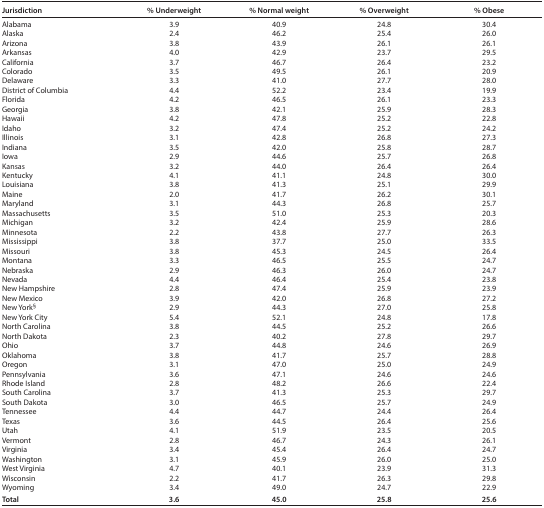
<table><thead><tr><td><b>Jurisdiction</b></td><td><b>% Underweight</b></td><td><b>% Normal weight</b></td><td><b>% Overweight</b></td><td><b>% Obese</b></td></tr></thead><tbody><tr><td>Alabama</td><td>3.9</td><td>40.9</td><td>24.8</td><td>30.4</td></tr><tr><td>Alaska</td><td>2.4</td><td>46.2</td><td>25.4</td><td>26.0</td></tr><tr><td>Arizona</td><td>3.8</td><td>43.9</td><td>26.1</td><td>26.1</td></tr><tr><td>Arkansas</td><td>4.0</td><td>42.9</td><td>23.7</td><td>29.5</td></tr><tr><td>California</td><td>3.7</td><td>46.7</td><td>26.4</td><td>23.2</td></tr><tr><td>Colorado</td><td>3.5</td><td>49.5</td><td>26.1</td><td>20.9</td></tr><tr><td>Delaware</td><td>3.3</td><td>41.0</td><td>27.7</td><td>28.0</td></tr><tr><td>District of Columbia</td><td>4.4</td><td>52.2</td><td>23.4</td><td>19.9</td></tr><tr><td>Florida</td><td>4.2</td><td>46.5</td><td>26.1</td><td>23.3</td></tr><tr><td>Georgia</td><td>3.8</td><td>42.1</td><td>25.9</td><td>28.3</td></tr><tr><td>Hawaii</td><td>4.2</td><td>47.8</td><td>25.2</td><td>22.8</td></tr><tr><td>Idaho</td><td>3.2</td><td>47.4</td><td>25.2</td><td>24.2</td></tr><tr><td>Illinois</td><td>3.1</td><td>42.8</td><td>26.8</td><td>27.3</td></tr><tr><td>Indiana</td><td>3.5</td><td>42.0</td><td>25.8</td><td>28.7</td></tr><tr><td>Iowa</td><td>2.9</td><td>44.6</td><td>25.7</td><td>26.8</td></tr><tr><td>Kansas</td><td>3.2</td><td>44.0</td><td>26.4</td><td>26.4</td></tr><tr><td>Kentucky</td><td>4.1</td><td>41.1</td><td>24.8</td><td>30.0</td></tr><tr><td>Louisiana</td><td>3.8</td><td>41.3</td><td>25.1</td><td>29.9</td></tr><tr><td>Maine</td><td>2.0</td><td>41.7</td><td>26.2</td><td>30.1</td></tr><tr><td>Maryland</td><td>3.1</td><td>44.3</td><td>26.8</td><td>25.7</td></tr><tr><td>Massachusetts</td><td>3.5</td><td>51.0</td><td>25.3</td><td>20.3</td></tr><tr><td>Michigan</td><td>3.2</td><td>42.4</td><td>25.9</td><td>28.6</td></tr><tr><td>Minnesota</td><td>2.2</td><td>43.8</td><td>27.7</td><td>26.3</td></tr><tr><td>Mississippi</td><td>3.8</td><td>37.7</td><td>25.0</td><td>33.5</td></tr><tr><td>Missouri</td><td>3.8</td><td>45.3</td><td>24.5</td><td>26.4</td></tr><tr><td>Montana</td><td>3.3</td><td>46.5</td><td>25.5</td><td>24.7</td></tr><tr><td>Nebraska</td><td>2.9</td><td>46.3</td><td>26.0</td><td>24.7</td></tr><tr><td>Nevada</td><td>4.4</td><td>46.4</td><td>25.4</td><td>23.8</td></tr><tr><td>New Hampshire</td><td>2.8</td><td>47.4</td><td>25.9</td><td>23.9</td></tr><tr><td>New Mexico</td><td>3.9</td><td>42.0</td><td>26.8</td><td>27.2</td></tr><tr><td>New York<sup>§</sup></td><td>2.9</td><td>44.3</td><td>27.0</td><td>25.8</td></tr><tr><td>New York City</td><td>5.4</td><td>52.1</td><td>24.8</td><td>17.8</td></tr><tr><td>North Carolina</td><td>3.8</td><td>44.5</td><td>25.2</td><td>26.6</td></tr><tr><td>North Dakota</td><td>2.3</td><td>40.2</td><td>27.8</td><td>29.7</td></tr><tr><td>Ohio</td><td>3.7</td><td>44.8</td><td>24.6</td><td>26.9</td></tr><tr><td>Oklahoma</td><td>3.8</td><td>41.7</td><td>25.7</td><td>28.8</td></tr><tr><td>Oregon</td><td>3.1</td><td>47.0</td><td>25.0</td><td>24.9</td></tr><tr><td>Pennsylvania</td><td>3.6</td><td>47.1</td><td>24.6</td><td>24.6</td></tr><tr><td>Rhode Island</td><td>2.8</td><td>48.2</td><td>26.6</td><td>22.4</td></tr><tr><td>South Carolina</td><td>3.7</td><td>41.3</td><td>25.3</td><td>29.7</td></tr><tr><td>South Dakota</td><td>3.0</td><td>46.5</td><td>25.7</td><td>24.9</td></tr><tr><td>Tennessee</td><td>4.4</td><td>44.7</td><td>24.4</td><td>26.4</td></tr><tr><td>Texas</td><td>3.6</td><td>44.5</td><td>26.4</td><td>25.6</td></tr><tr><td>Utah</td><td>4.1</td><td>51.9</td><td>23.5</td><td>20.5</td></tr><tr><td>Vermont</td><td>2.8</td><td>46.7</td><td>24.3</td><td>26.1</td></tr><tr><td>Virginia</td><td>3.4</td><td>45.4</td><td>26.4</td><td>24.7</td></tr><tr><td>Washington</td><td>3.1</td><td>45.9</td><td>26.0</td><td>25.0</td></tr><tr><td>West Virginia</td><td>4.7</td><td>40.1</td><td>23.9</td><td>31.3</td></tr><tr><td>Wisconsin</td><td>2.2</td><td>41.7</td><td>26.3</td><td>29.8</td></tr><tr><td>Wyoming</td><td>3.4</td><td>49.0</td><td>24.7</td><td>22.9</td></tr><tr><td><b>Total</b></td><td><b>3.6</b></td><td><b>45.0</b></td><td><b>25.8</b></td><td><b>25.6</b></td></tr></tbody></table>